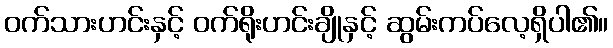
ဝက်သားဟင်းနှင့် ဝက်ရိုးဟင်းချိုနှင့် ဆွမ်းကပ်လေ့ရှိပါ၏။